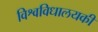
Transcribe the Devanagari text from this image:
विश्वविधालयकी